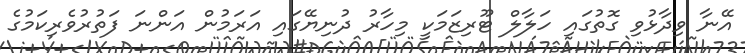
އޭނާ ވިދާޅުވި ގޮތުގައި ހަލާލް ޓޫރިޒަމަކީ މިހާރު ދުނިޔޭގައި އަރަމުން އަންނަ ފަތުރުވެރިކަމުގެ